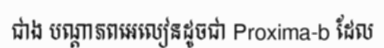
ជាង បណ្តាភពអេលៀនដូចជា Proxima-b ដែល